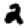
Digit: 2